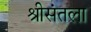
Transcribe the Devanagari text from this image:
श्रीसंतला